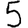
Digit: 5